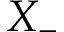
X _ { - }